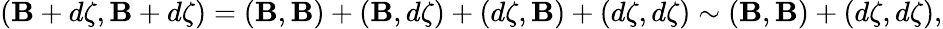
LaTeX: (\mathbf{B}+d\zeta,\mathbf{B}+d\zeta)=(\mathbf{B},\mathbf{B})+(\mathbf{B},d\zeta)+(d\zeta,\mathbf{B})+(d\zeta,d\zeta)\sim(\mathbf{B},\mathbf{B})+(d\zeta,d\zeta),